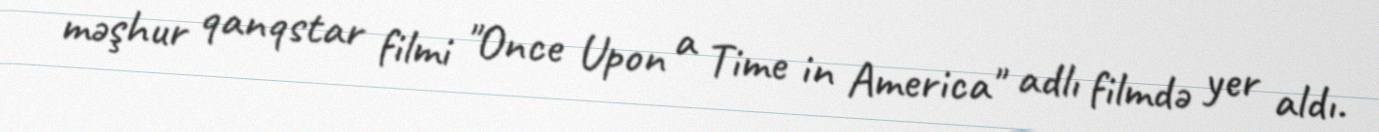
məşhur qanqstar filmi "Once Upon a Time in America" adlı filmdə yer aldı.